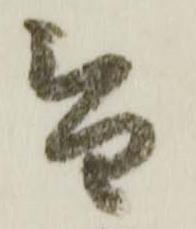
替